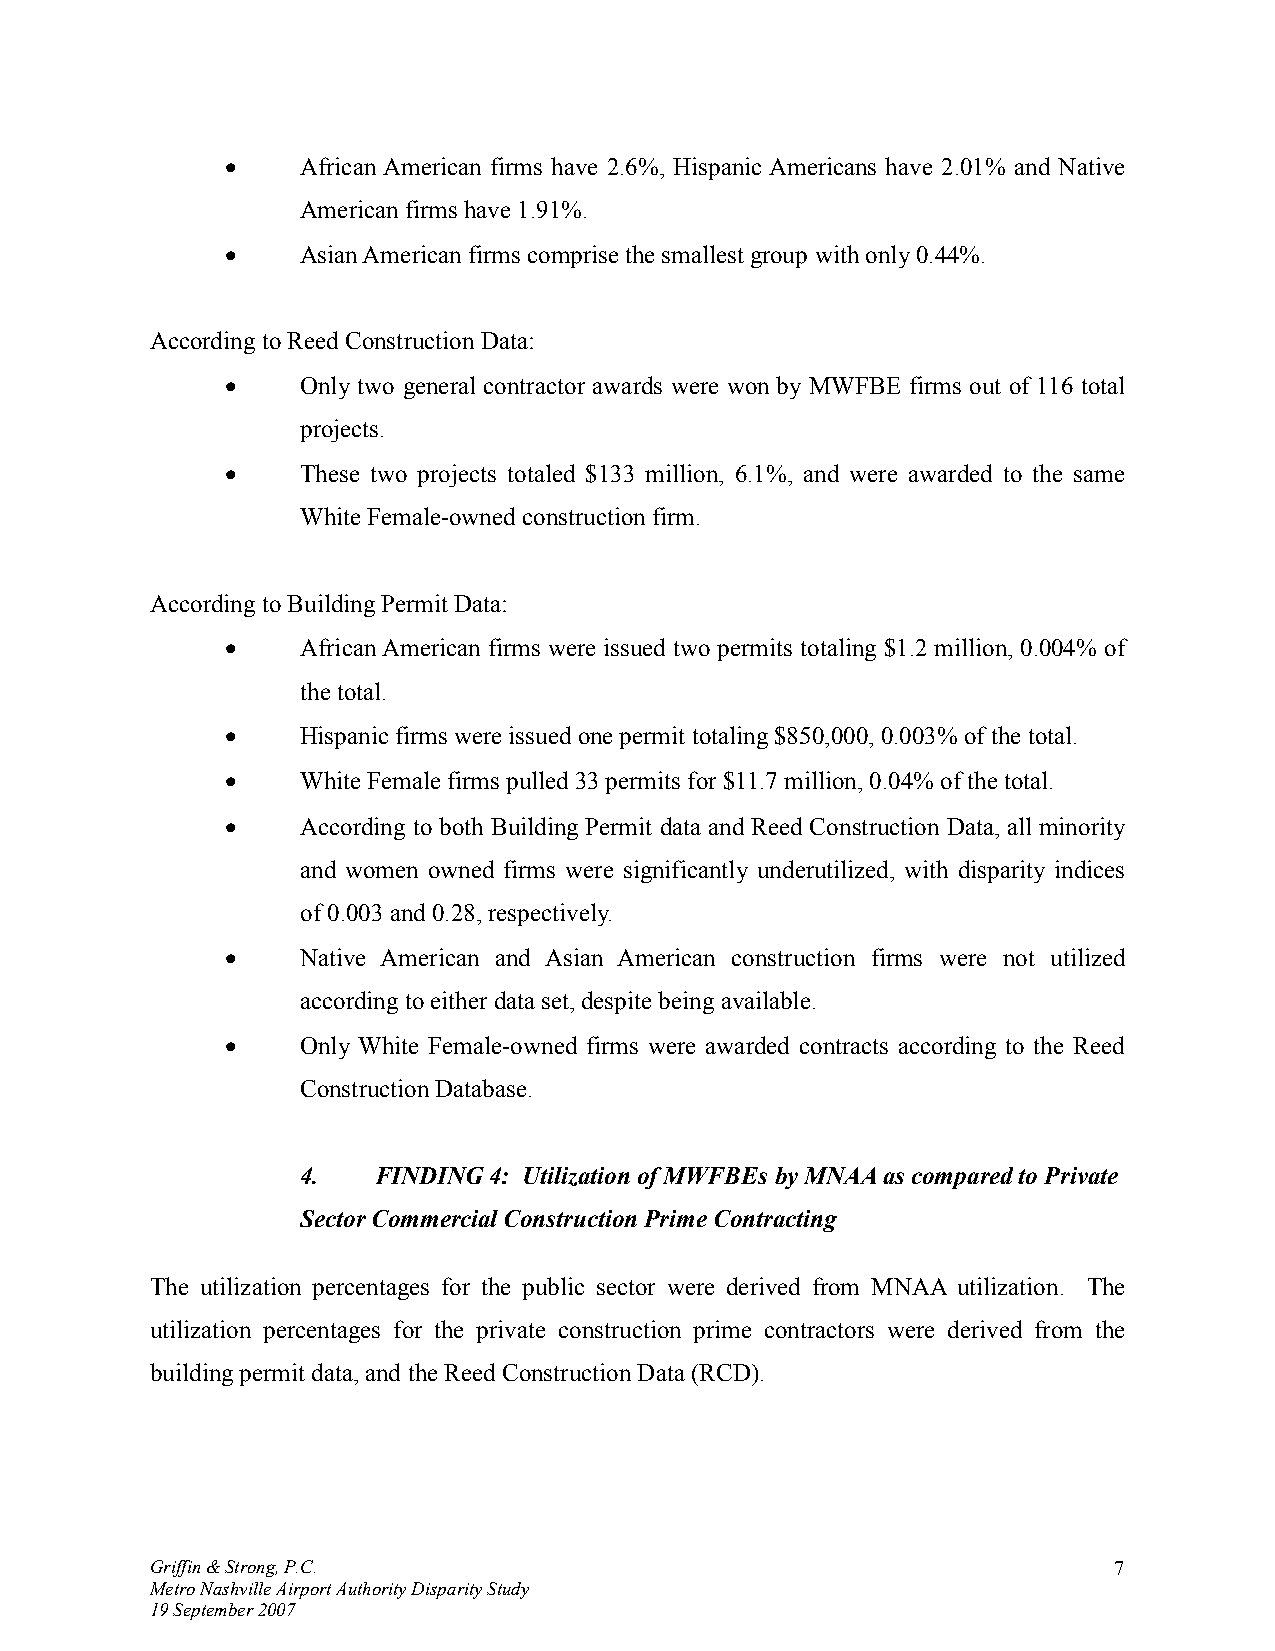
•    African American firms have 2.6%, Hispanic Americans have 2.01% and Native
 American firms have 1.91%.
 •    Asian American firms comprise the smallest group with only 0.44%.
 According to Reed Construction Data:
 •    Only two general contractor awards were won by MWFBE firms out of 116 total
 projects.
 •    These two projects totaled $133 million, 6.1%, and were awarded to the same
 White Female-owned construction firm.
 According to Building Permit Data:
 •    African American firms were issued two permits totaling $1.2 million, 0.004% of
 the total.
 •    Hispanic firms were issued one permit totaling $850,000, 0.003% of the total.
 •    White Female firms pulled 33 permits for $11.7 million, 0.04% of the total.
 •    According to both Building Permit data and Reed Construction Data, all minority
 and women owned firms were significantly underutilized, with disparity indices
 of 0.003 and 0.28, respectively.
 •    Native American and Asian American construction firms were not utilized
 according to either data set, despite being available.
 •    Only White Female-owned firms were awarded contracts according to the Reed
 Construction Database.
 4.   FINDING 4: Utilization of MWFBEs by MNAA as compared to Private
 Sector Commercial Construction Prime Contracting
 The utilization percentages for the public sector were derived from MNAA utilization. The
 utilization percentages for the private construction prime contractors were derived from the
 building permit data, and the Reed Construction Data (RCD).
 Griffin & Strong, P.C.                                          7
 Metro Nashville Airport Authority Disparity Study
 19 September 2007